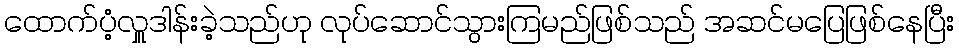
ထောက်ပံ့လှူဒါန်းခဲ့သည်ဟု လုပ်ဆောင်သွားကြမည်ဖြစ်သည် အဆင်မပြေဖြစ်နေပြီး